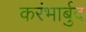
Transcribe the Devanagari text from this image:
करंभार्बुद